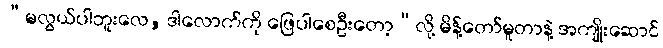
“မလွယ်ပါဘူးလေ, ဒါလောက်ကို ဖြေပါစေဦးတော့”လို့ မိန့်တော်မူတာနဲ့ အကျိုးဆောင်